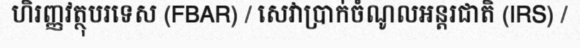
ហិរញ្ញវត្ថុបរទេស (FBAR) / សេវាប្រាក់ចំណូលអន្តរជាតិ (IRS) /